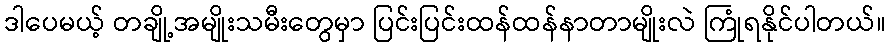
ဒါပေမယ့် တချို့အမျိုးသမီးတွေမှာ ပြင်းပြင်းထန်ထန်နာတာမျိုးလဲ ကြုံရနိုင်ပါတယ်။